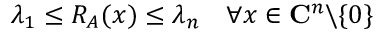
\lambda _ { 1 } \leq R _ { A } ( x ) \leq \lambda _ { n } \quad \forall x \in \mathbf { C } ^ { n } \backslash \{ 0 \}